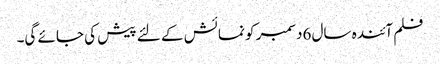
فلم آئندہ سال 6دسمبر کو نمائش کے لئے پیش کی جائے گی۔